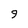
Character: 9